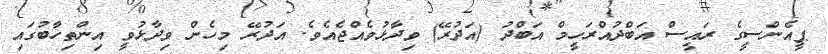
ޕީއެންސީގެ ރައީސް އަބްދުއްރަހީމް އަބްދު (އަދުރޭ) ވިދާޅުވެއްޖެއެވެ. އަދުރޭ މިހެން ވިދާޅުވީ އިންތިހާބުގައި